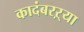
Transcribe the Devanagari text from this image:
कादंबरऱ्या